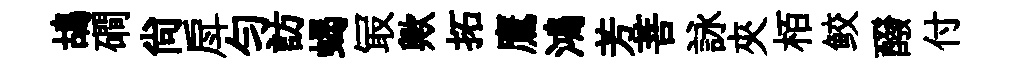
鴣磵尚戽勻訪蝎冣歟拓鷹鴻芳菩詠夾栢鲛醱付